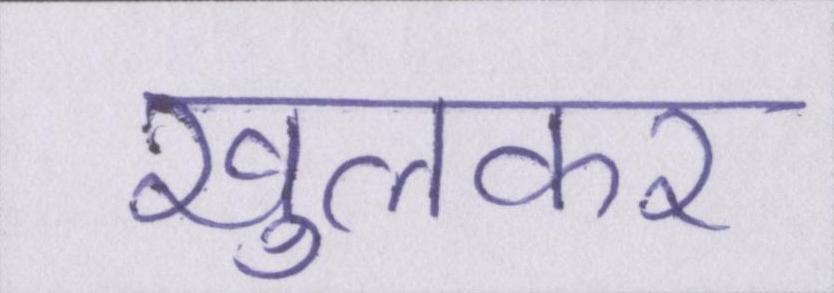
खुलकर